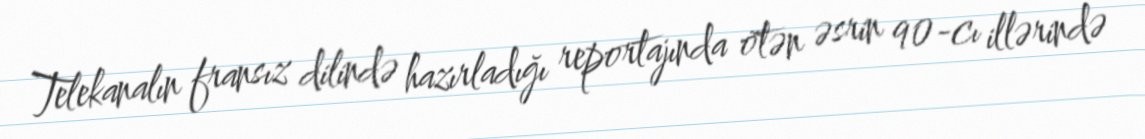
Telekanalın fransız dilində hazırladığı reportajında ötən əsrin 90-cı illərində